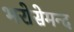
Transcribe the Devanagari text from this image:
भरोसेमन्द